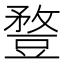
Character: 䜼